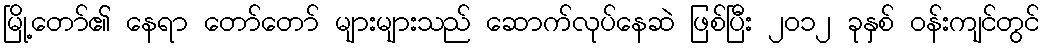
မြို့တော်၏ နေရာ တော်တော် များများသည် ဆောက်လုပ်နေဆဲ ဖြစ်ပြီး ၂၀၁၂ ခုနှစ် ဝန်းကျင်တွင်